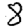
Digit: 8